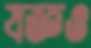
যজ্ঞও